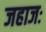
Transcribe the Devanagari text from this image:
जहाजः